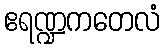
ဧရဏ္ဍကတေလံ